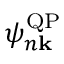
\psi _ { n \bf { k } } ^ { \mathrm { Q P } }